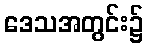
ဒေသအတွင်း၌